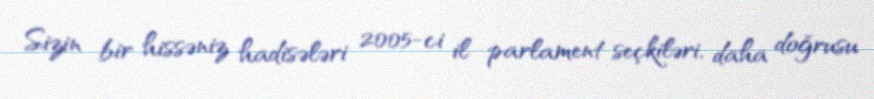
Sizin bir hissəniz hadisələri 2005-ci il parlament seçkiləri, daha doğrusu